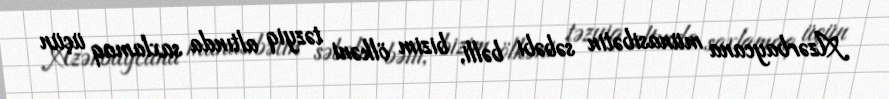
Azərbaycana münasibətin səbəbi bəlli, bizim ölkəni təzyiq altında saxlamaq üçün